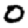
Digit: 0